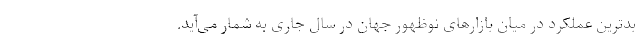
بدترین عملکرد در میان بازارهای نوظهور جهان در سال جاری به شمار می‌آید.